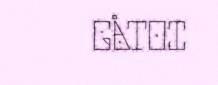
GÅTOI